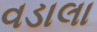
વડાલા